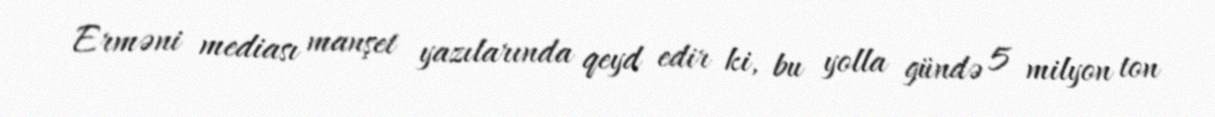
Erməni mediası manşet yazılarında qeyd edir ki, bu yolla gündə 5 milyon ton